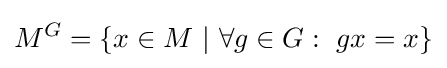
M^{G}=\lbrace x\in M\ |\ \forall g\in G:\ gx=x\rbrace